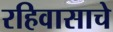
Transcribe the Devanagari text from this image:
रहिवासाचे